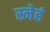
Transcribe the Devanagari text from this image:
स्नेहं